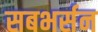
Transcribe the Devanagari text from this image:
सबभर्सन